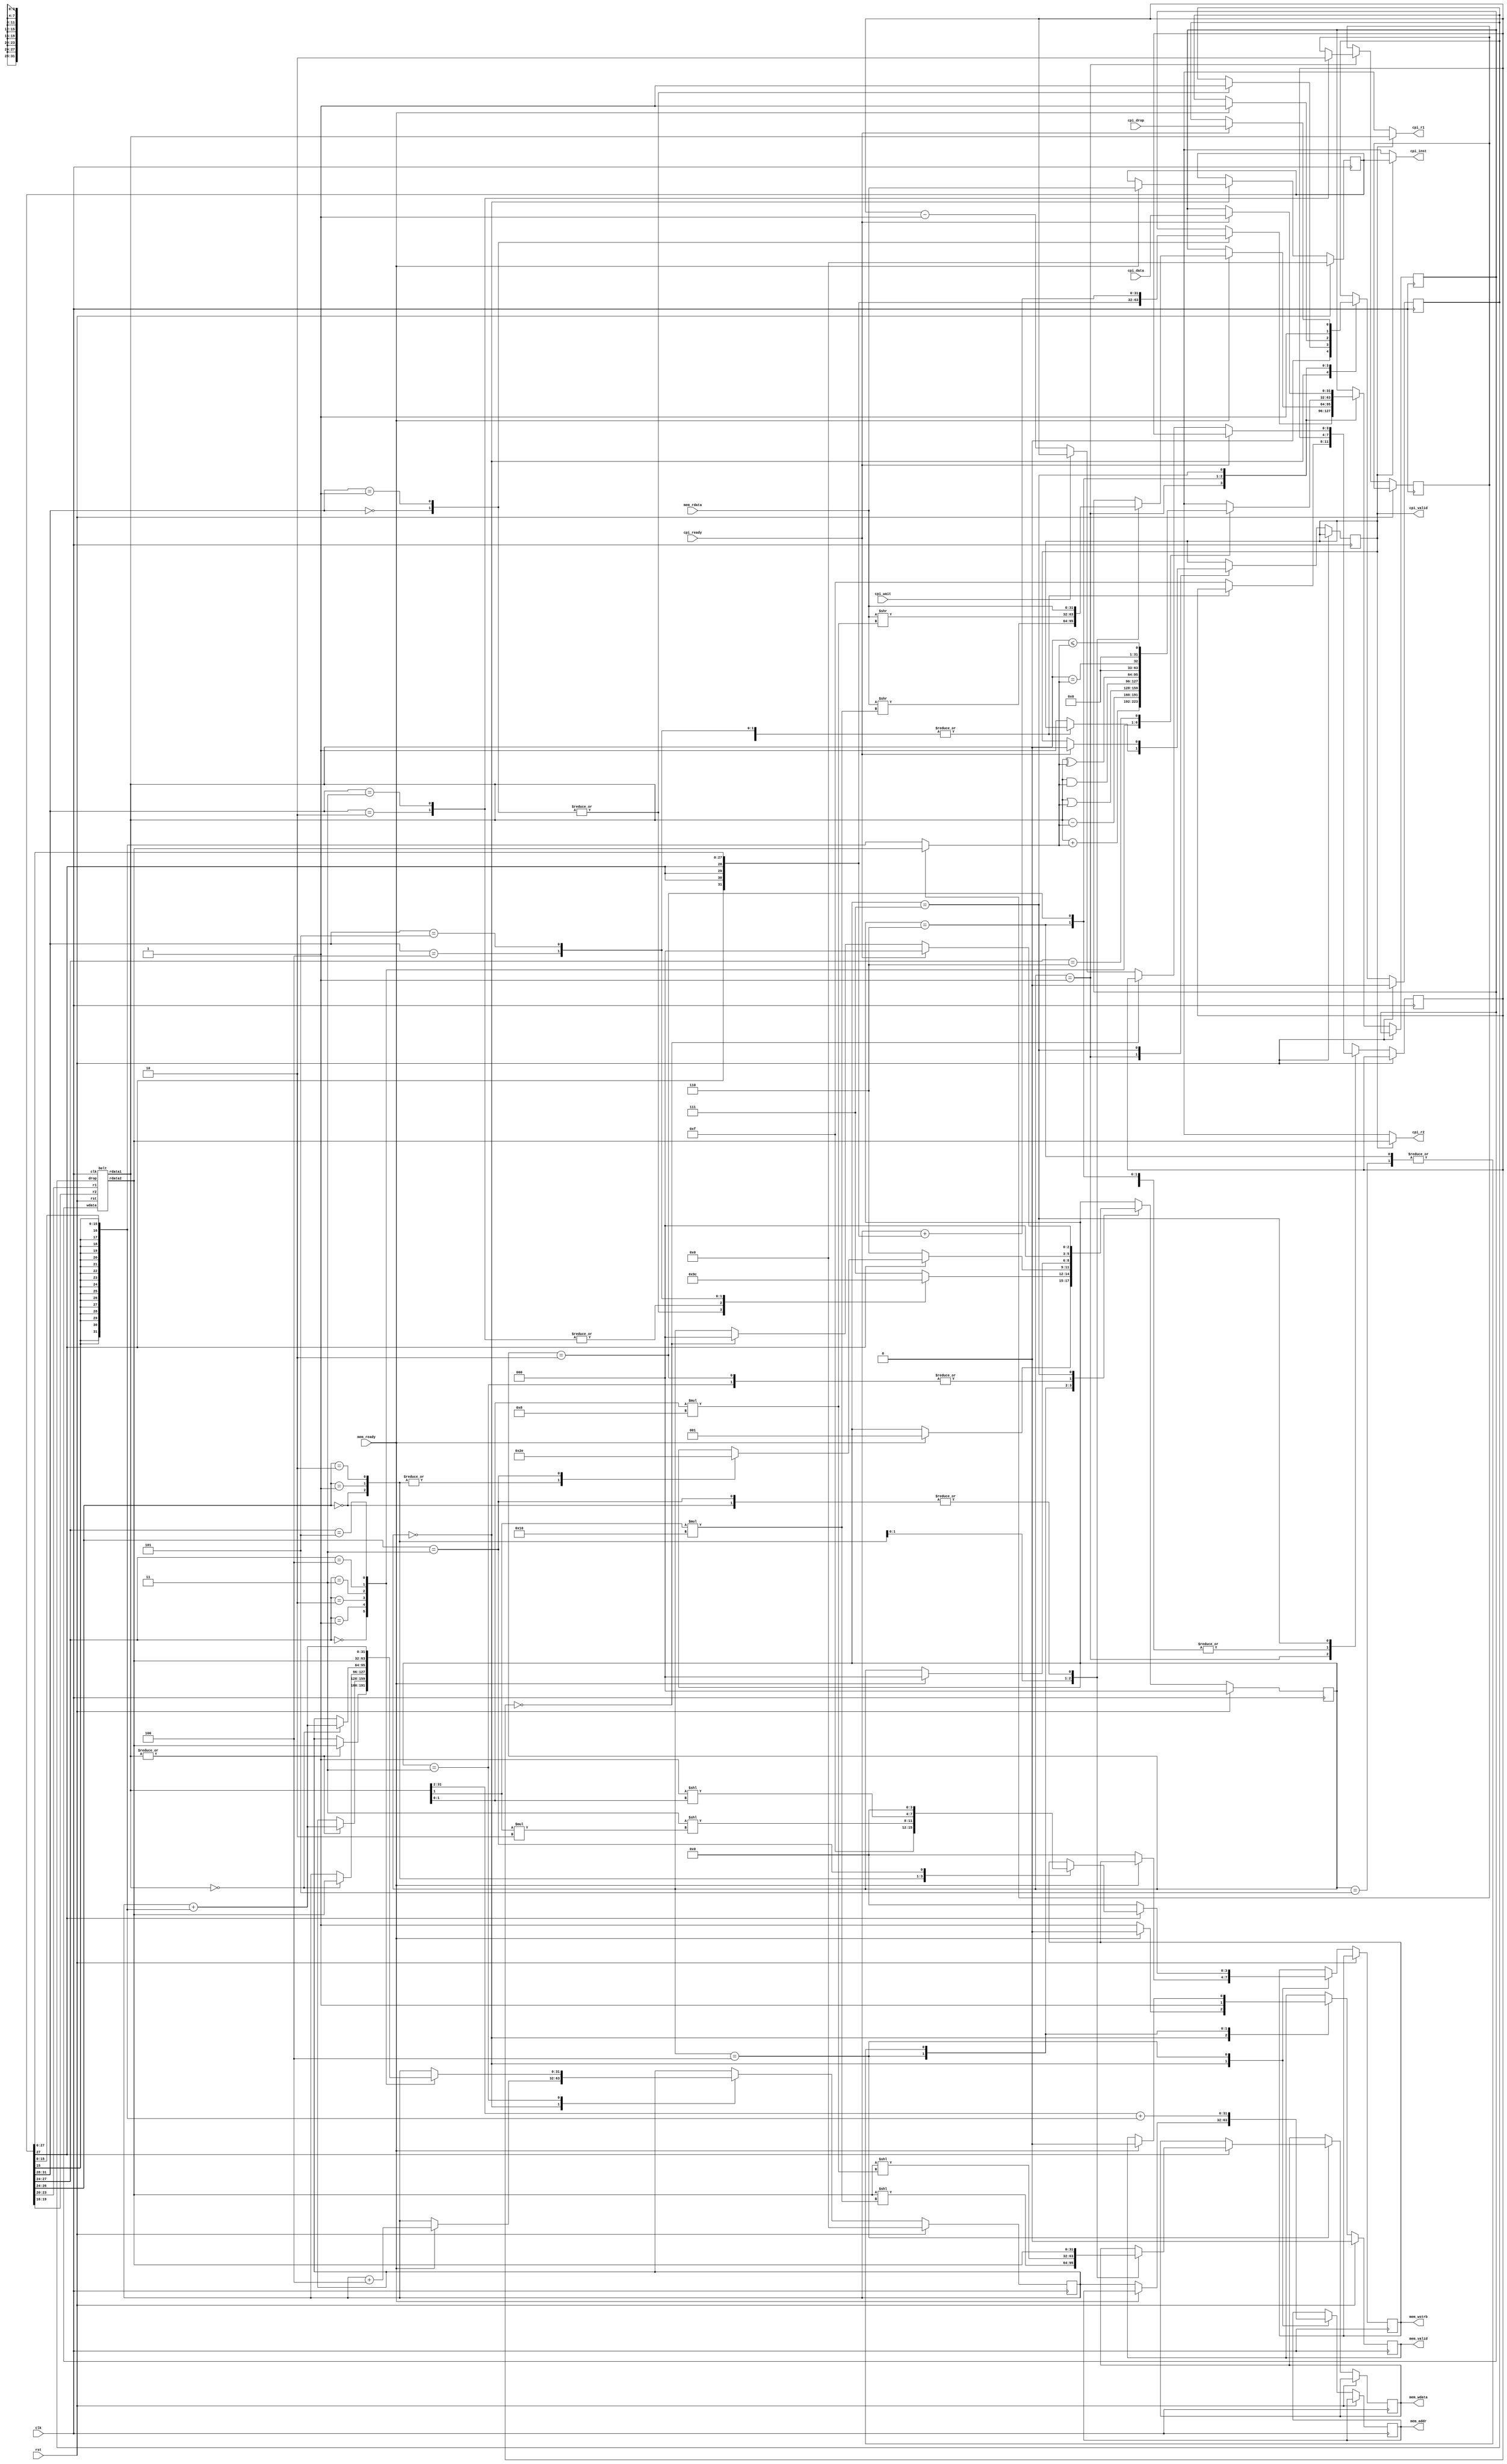
module cpu (
    // clock and reset
    clk, rst,
    // memory master interface
    mem_valid, mem_ready, mem_addr, mem_rdata, mem_wdata, mem_wstrb,
    // coprocessor interface
    cpi_valid, cpi_ready, cpi_wait, cpi_inst, cpi_r1, cpi_r2, cpi_data, cpi_drop
);
    parameter RESET_PC = 32'h00000000;
    parameter CPI_ENABLE = 1;

    input clk, rst;

    output reg mem_valid;
    input mem_ready;
    output reg [31:0] mem_addr;
    input [31:0] mem_rdata;
    output reg [31:0] mem_wdata;
    output reg [3:0] mem_wstrb;

    output reg cpi_valid;
    input cpi_ready;
    input cpi_wait;
    output [31:0] cpi_inst;
    output [31:0] cpi_r1;
    output [31:0] cpi_r2;
    input [31:0] cpi_data;
    input cpi_drop;
    reg [3:0] cpi_cnt;

    reg [2:0] state;
    reg [31:0] pc;
    reg [31:0] inst;

    wire [3:0] r1;
    wire [3:0] r2;
    wire [3:0] op;
    wire [3:0] subop;
    wire [15:0] imm16;
    wire [31:0] imm16_sx;
    wire [23:0] imm24;
    wire [31:0] imm24_sx;
    wire [27:0] imm28;
    wire [31:0] imm28_sx;

    assign {op, subop, r1, r2, imm16} = inst;
    assign imm16_sx = {{16{imm16[15]}}, imm16};

    assign imm24 = inst[23:0];
    assign imm24_sx = {{8{imm24[23]}}, imm28};

    assign imm28 = inst[27:0];
    assign imm28_sx = {{4{imm28[27]}}, imm28};

    reg belt_drop;
    reg [31:0] belt_wdata;
    reg [3:0] belt_r1;
    wire [31:0] belt_rdata1;
    reg [3:0] belt_r2;
    wire [31:0] belt_rdata2;

    belt belt0 (
        .clk(clk),
        .rst(rst),
        .drop(belt_drop),
        .wdata(belt_wdata),
        .r1(r1),
        .rdata1(belt_rdata1),
        .r2(r2),
        .rdata2(belt_rdata2)
    );

    reg sel_rdata2;
    wire [31:0] op2;
    assign op2 = sel_rdata2 ? belt_rdata2 : imm16_sx;

    assign cpi_inst = cpi_valid ? inst : 32'hxxxxxxxx;
    assign cpi_r1 = cpi_valid ? belt_rdata1 : 32'hxxxxxxxx;
    assign cpi_r2 = cpi_valid ? belt_rdata2 : 32'hxxxxxxxx;
    

    localparam  ST_FETCH=0,
                ST_DECODE=1,
                ST_ALU=2,
                ST_BRANCH=3,
                ST_MEM=4,
                ST_MEM_WRITE=5,
                ST_MEM_READ=6,
                ST_COPROC=7;

    localparam  OP_DROP=0,
                OP_DROPREL=1,
                OP_ALU=2,
                OP_ALUI=3,
                OP_BRANCH=4,
                OP_MEM=5;

    always @(posedge clk) if(rst) begin
            pc <= RESET_PC;
            state <= ST_FETCH;
            belt_drop <= 0;
            mem_valid <= 0;
            inst <= 0;
        end else case(state)
        ST_FETCH: begin
            belt_drop <= 0;
            if(!mem_ready) begin
                mem_valid <= 1;
                mem_wstrb <= 0;
                mem_addr <= pc;
            end else begin
                pc <= pc + 4;
                mem_valid <= 0;
                inst <= mem_rdata;
                state <= ST_DECODE;
            end
        end

        ST_DECODE: case(op)
            OP_DROP: begin
                belt_wdata <= imm28_sx;
                belt_drop <= 1;
                state <= ST_FETCH;
            end
            OP_DROPREL: begin
                belt_wdata <= pc + imm28_sx;
                belt_drop <= 1;
                state <= ST_FETCH;
            end
            OP_ALU: begin
                sel_rdata2 <= 1;
                state <= ST_ALU;
            end
            OP_ALUI: begin
                sel_rdata2 <= 0;
                state <= ST_ALU;
            end
            OP_BRANCH: state <= ST_BRANCH;
            OP_MEM: state <= ST_MEM;
            default: if(CPI_ENABLE) begin
                cpi_valid <= 1;
                cpi_cnt <= 15;
                state <= ST_COPROC;
            end else state <= ST_FETCH;
        endcase

        ST_BRANCH: begin
            case(subop)
                4'h0: if(|belt_rdata1) pc <= belt_rdata2;     // b.nz r1, r2
                4'h1: if(|belt_rdata1) pc <= pc+imm16_sx;     // b.nz r1, off
                4'h2: if(belt_rdata1 == 0) pc <= belt_rdata2; // b.z r1, r2
                4'h3: if(belt_rdata1 == 0) pc <= pc+imm16_sx; // b.z r1, off
                4'h4: pc <= belt_rdata2;                      // jmp r2
                4'h5: pc <= pc + imm16_sx;                    // jmp off
            endcase
            state <= ST_FETCH;
        end

        ST_MEM: begin
            mem_valid <= 1;
            mem_addr <= belt_rdata1[31:2] + imm16_sx;
            if(subop[3]) begin
                case(subop[2:0])
                    0: begin // write dword
                        mem_wdata <= belt_rdata2;
                        mem_wstrb <= 4'b1111;
                        state <= ST_MEM_WRITE;
                    end
                    1: begin //write word
                        mem_wdata <= belt_rdata2 << (belt_rdata1[1]*16);
                        mem_wstrb <= 4'b0011 << (belt_rdata1[1]*2);
                        state <= ST_MEM_WRITE;
                    end
                    2: begin // write byte
                        mem_wdata <= belt_rdata2 << (belt_rdata1[1:0]*8);
                        mem_wstrb <= 4'b0001 << (belt_rdata1[1:0]);
                        state <= ST_MEM_WRITE;
                    end
                    3: begin // xchg dword
                        mem_wdata <= belt_rdata2;
                        mem_wstrb <= 0;
                        state <= ST_MEM_READ; // read previous value.
                    end
                endcase
            end else begin
                mem_wstrb <= 0;
                state <= ST_MEM_READ;
            end
        end

        ST_MEM_WRITE: if(mem_ready) begin
            mem_valid <= 0;
            state <= ST_FETCH;
        end

        ST_MEM_READ: if(mem_ready) begin
            case(subop[2:0])
                0: belt_wdata <= mem_rdata; // read dword
                1: belt_wdata <= mem_rdata >> (belt_rdata1[1]*16); // read word
                2: belt_wdata <= mem_rdata >> (belt_rdata1[1:0]*8); // read word
                3: belt_wdata <= mem_rdata; // read dword / xchg instruction from write.
            endcase
            mem_valid <= 0;
            belt_drop <= 1;
            state <= ST_FETCH;
        end

        ST_ALU: begin
            case(subop)
                4'h0: belt_wdata <= belt_rdata1 + op2;  // add r1, {imm, r2}
                4'h1: belt_wdata <= belt_rdata1 - op2;  // sub r1, {imm, r2}
                4'h2: belt_wdata <= belt_rdata1 | op2;  // or  r1, {imm, r2}
                4'h3: belt_wdata <= belt_rdata1 & op2;  // and r1, {imm, r2}
                4'h4: belt_wdata <= belt_rdata1 ^ op2;  // xor r1, {imm, r2}
                4'h5: belt_wdata <= belt_rdata1 == op2; // eq  r1, {imm, r2}
                4'h6: belt_wdata <= belt_rdata1 <= op2; // leq r1, {imm, r2}
                default: belt_wdata <= 32'hxxxxxxxx;
            endcase
            belt_drop <= 1;
            state <= ST_FETCH;
        end
        
        ST_COPROC: if(cpi_ready) begin
            // coprocessor ready, drop result, goto fetch.
            cpi_valid <= 0;
            belt_drop <= cpi_drop;
            belt_wdata <= cpi_data;
            state <= ST_FETCH;
        end else if(cpi_cnt == 0) begin
            state <= ST_FETCH;
        end else if(!cpi_wait) begin
            cpi_cnt = cpi_cnt - 1;
        end
    endcase
endmodule

module belt (clk, rst, drop, wdata, r1, rdata1, r2, rdata2);
    input clk, rst;

    input drop;
    input [31:0] wdata;

    input [3:0] r1;
    output reg [31:0] rdata1;

    input [3:0] r2;
    output reg [31:0] rdata2;

    reg [31:0] belt [0:15];
    reg [3:0] idx;

    initial begin
        belt[0] <= 0;  belt[1] <= 0;  belt[2] <= 0;  belt[3] <= 0;
        belt[4] <= 0;  belt[5] <= 0;  belt[6] <= 0;  belt[7] <= 0;
        belt[8] <= 0;  belt[9] <= 0;  belt[10] <= 0; belt[11] <= 0;
        belt[12] <= 0; belt[13] <= 0; belt[14] <= 0; belt[15] <= 0;
    end

    always @(posedge clk) begin
        if(rst) begin
            idx <= 0;
        end else begin
            rdata1 <= belt[(idx-r1-1) & 4'hf];
            rdata2 <= belt[(idx-r2-1) & 4'hf];

            if(drop) begin
                belt[idx] <= wdata;
                idx <= idx + 1;
            end
        end
    end
endmodule